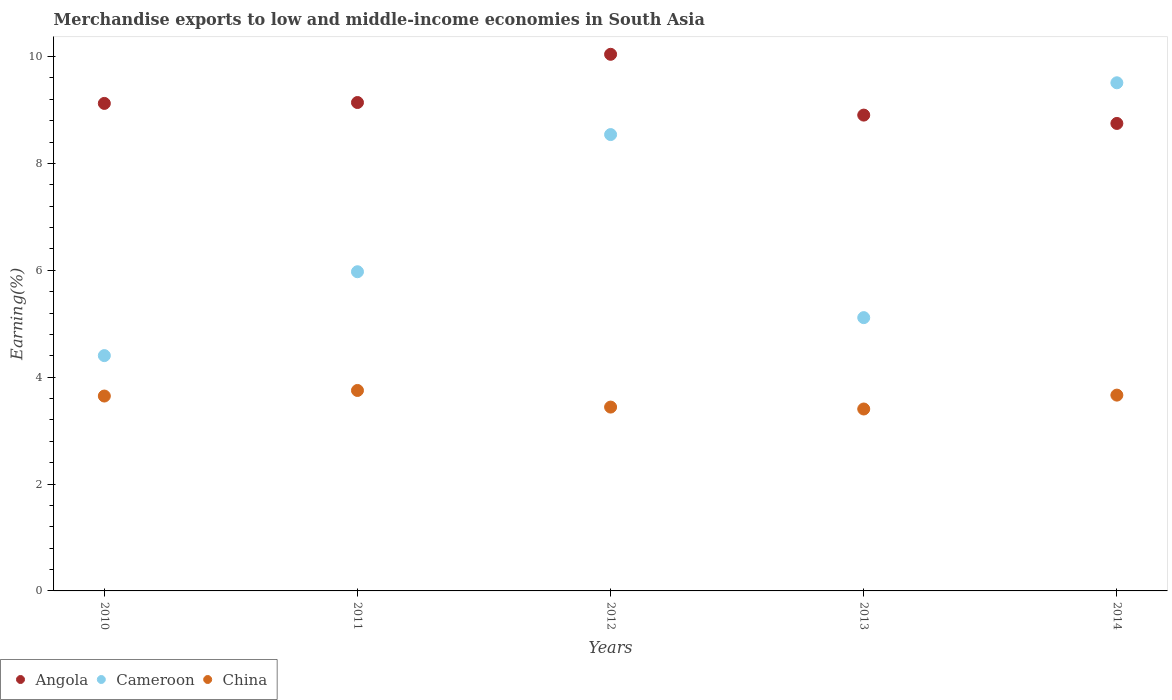
| Years | Angola | Cameroon | China |
 | --- | --- | --- | --- |
 | 2010 | 9.12 | 4.4 | 3.65 |
 | 2011 | 9.14 | 5.97 | 3.75 |
 | 2012 | 10 | 8.54 | 3.44 |
 | 2013 | 8.9 | 5.11 | 3.4 |
 | 2014 | 8.75 | 9.51 | 3.66 |